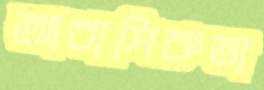
আবাসিকতা